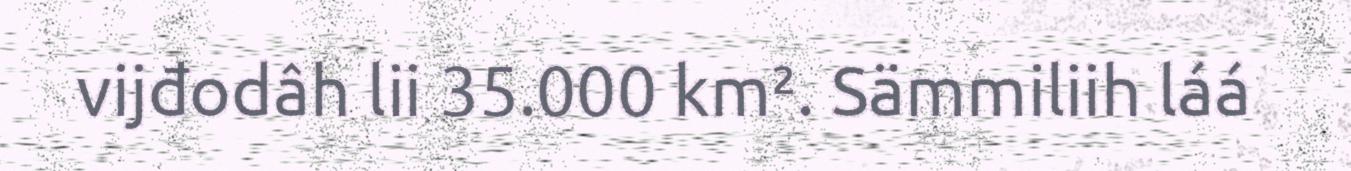
vijđodâh lii 35.000 km². Sämmiliih láá